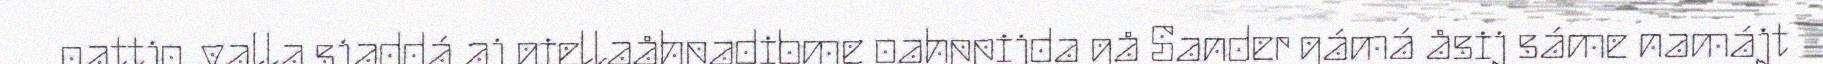
oattjo, valla sjaddá aj giellaåhpadibme oahppijda gå Sander gámá åsij sáme namájt